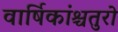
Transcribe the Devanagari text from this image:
वार्षिकांश्चतुरो